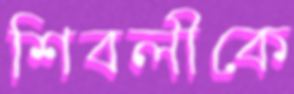
শিবলীকে